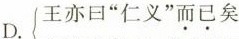
D.王亦曰”仁义”而已矣